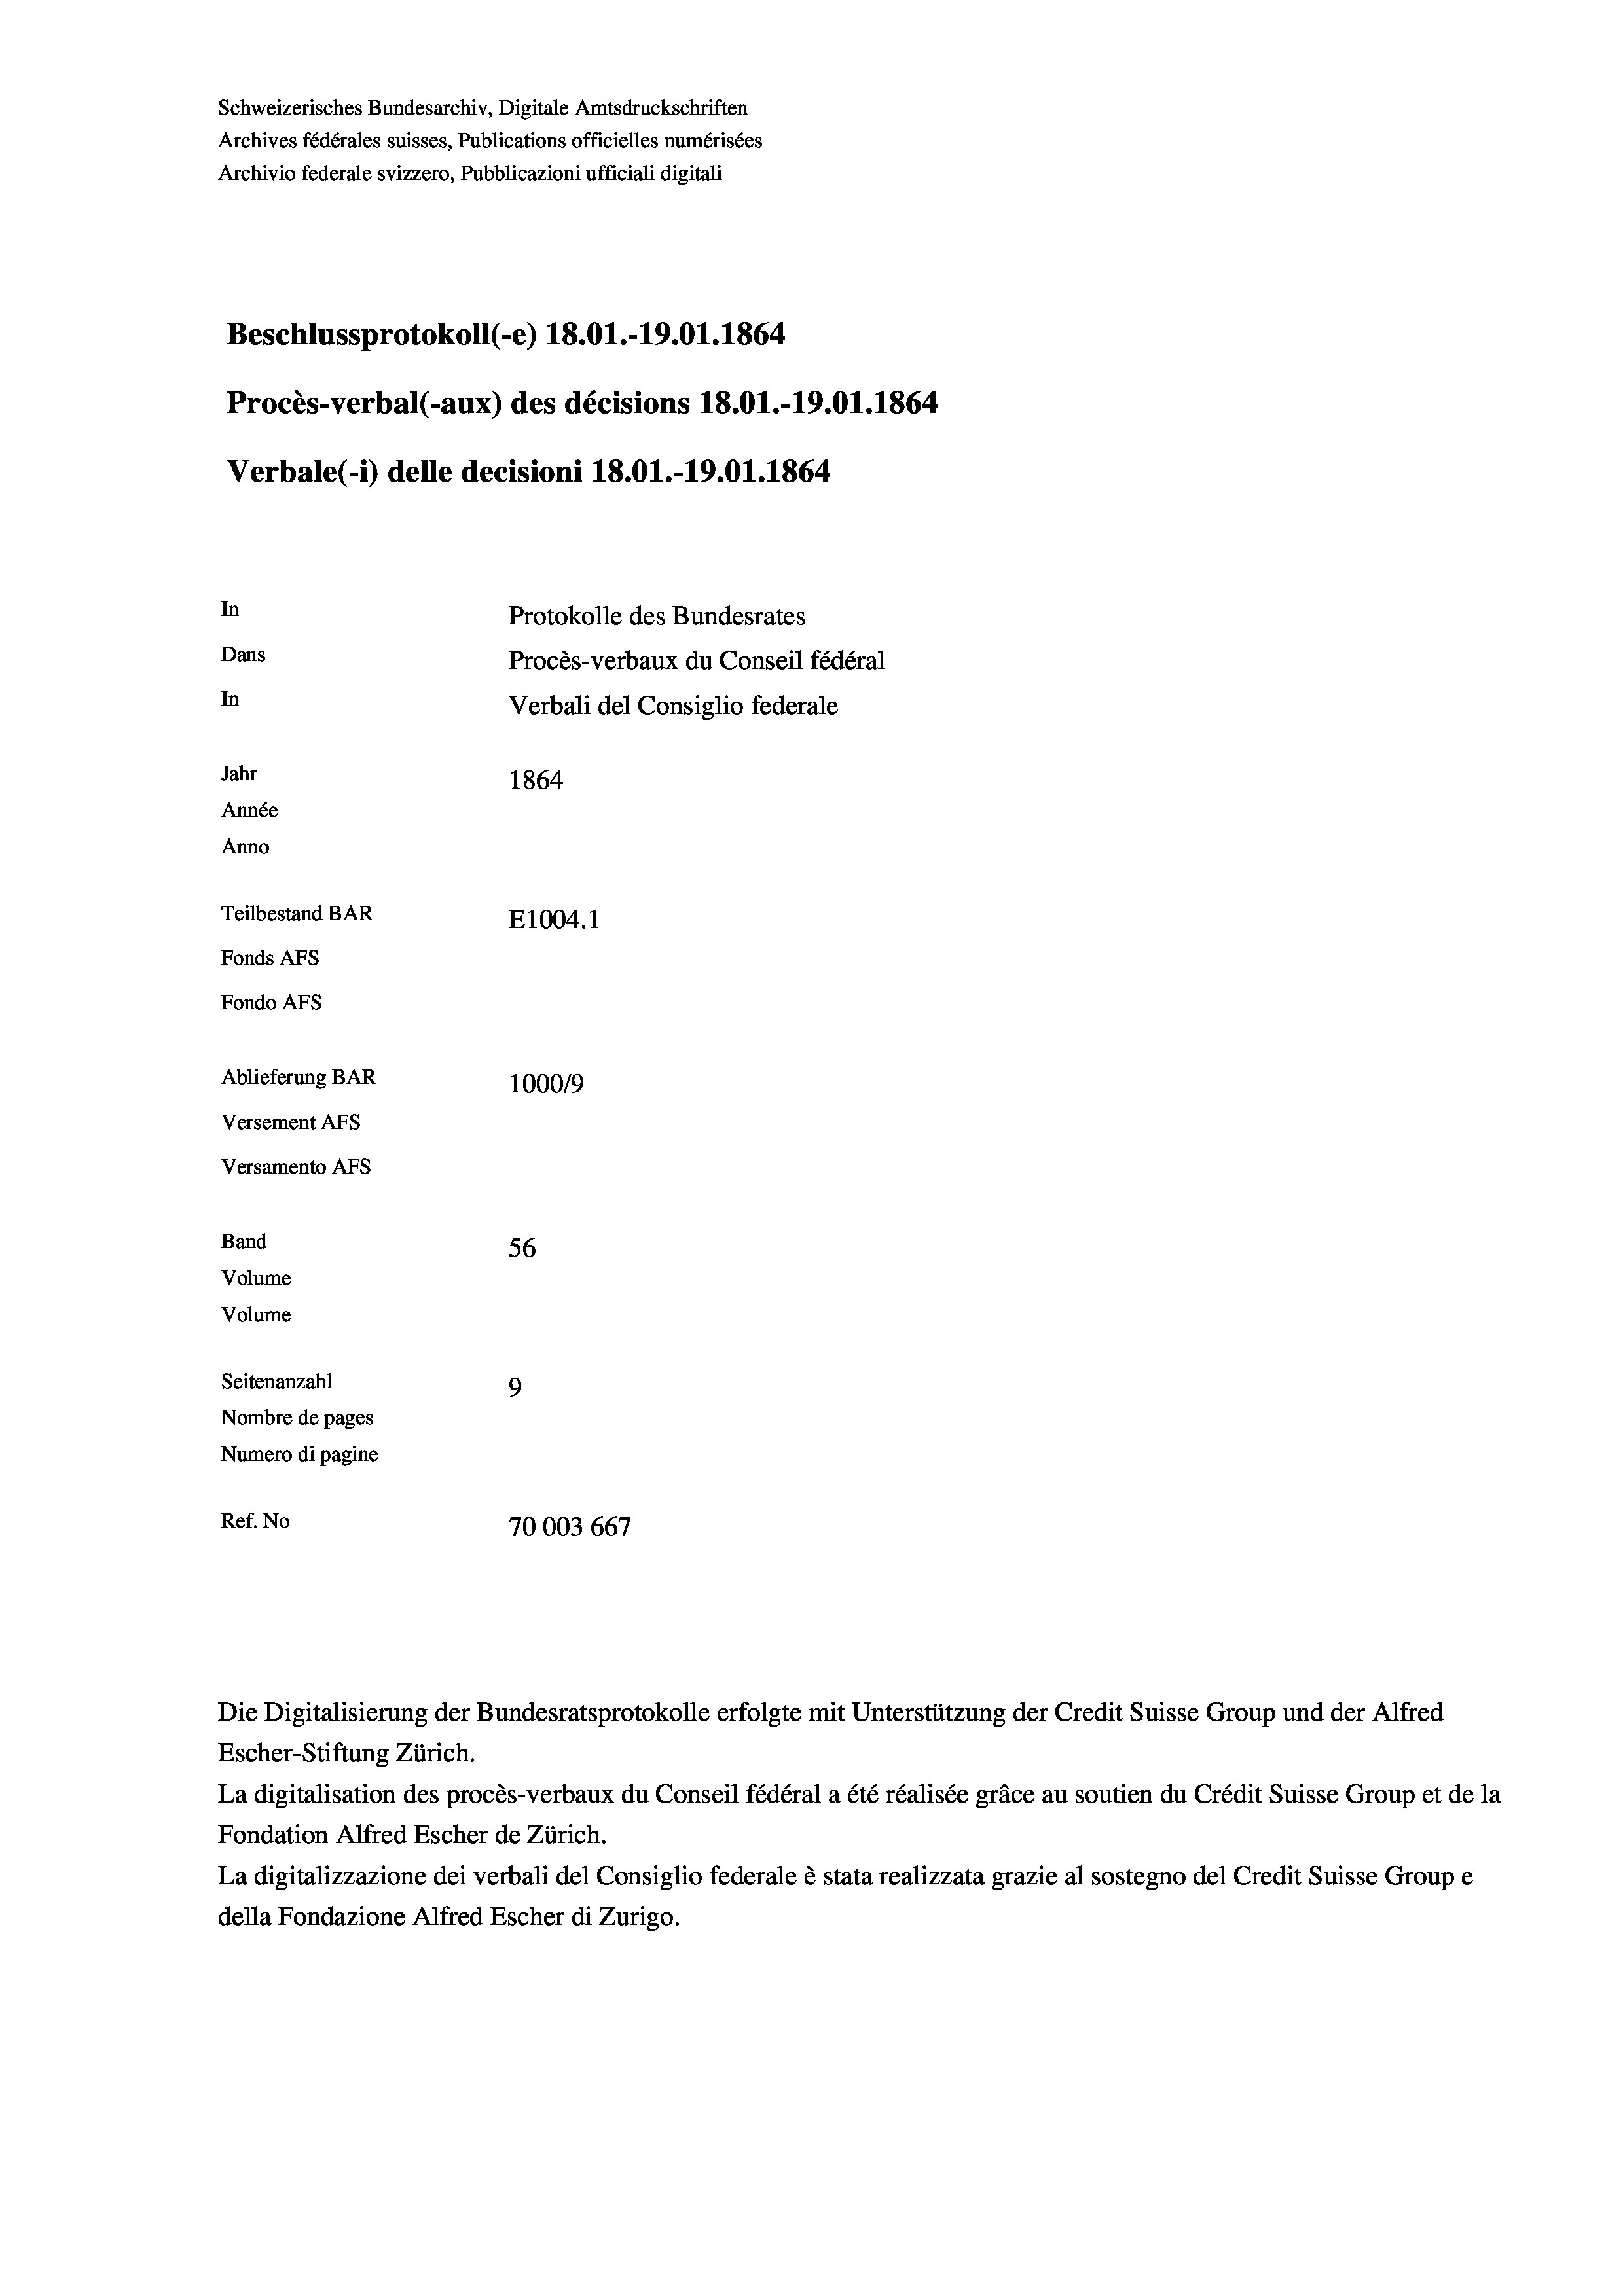
Schweizerisches Bundesarchiv, Digitale Amtsdruckschriften
Archives fédérales suisses, Publications officielles numérisées
Beschlussprotokoll (-e) 18.01.-19.01. 1864
Procès-verbal (-aux) des décisions 18.01.-19.01. 1864
Verbale (i) delle decisioni 18.01.-19.01. 1864
In
Protokolle des Bundesrates
Dans
Procès-verbaux du Conseil fédéral
In
Verbali del Consiglio federale
Jahr
1864
Année
Anno
Teilbestand BAR
E1004.1
Fonds AFs
Fondo Afs

Ablieferung BAR
Versement AFs
Versamento Afs
Band
Volume
Volume
Seitenanzahl

Archivio federale svizzero, Pubblicazioni ufficiali digitali

100019
56
9
Nombre de pages
Numero di pagine
Ref. No
70003 667

Escher-Stiftung Zürich.
La digitalisation des procès-verbaux du Conseil fédéral a été réalisée gräce au soutien du Crédit Suisse Group et de la
Fondation Alfred Escher de Zürich.
La digitalizzazione dei verbali del Consiglio federale è stata realizzata grazie al sostegno del Credit Suisse Groupe
della Fondazione Alfred Escher di Zurigo.

Die Digitalisierung der Bundesratsprotokolle erfolgte mit Unterstützung der Credit Suisse Group und der Alfred